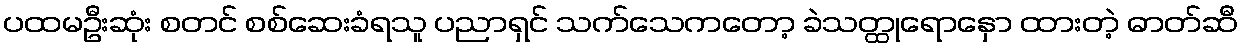
ပထမဦးဆုံး စတင် စစ်ဆေးခံရသူ ပညာရှင် သက်သေကတော့ ခဲသတ္ထုရောနှော ထားတဲ့ ဓာတ်ဆီ